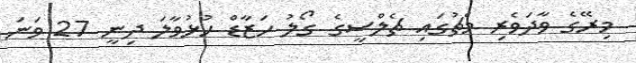
މިރޭގެ ވާދަވެރި މެޗުގައި ޗެލްސީގެ ގޯލު ހަޒާޑް ހުޅުވާލަ ދިނީ 27 ވަނަ